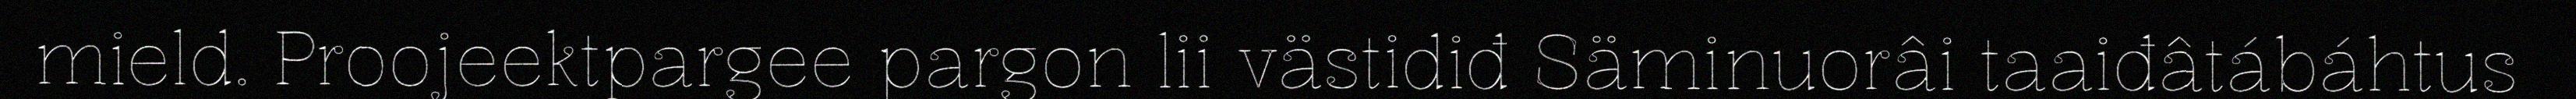
mield. Proojeektpargee pargon lii västidiđ Säminuorâi taaiđâtábáhtus